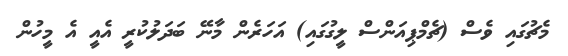
މެޗުގައި ވެސް (ޗެމްޕިއަންސް ލީގުގައި) އަހަރެން މާނޭ ބަދަލުކުރީ އެއީ އެ މީހުން